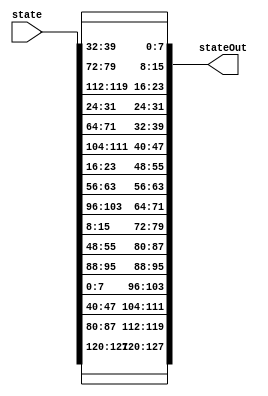
module shiftRows(	input [0:127] state,			// unsigned 16-byte message to be encrypted in shiftRows
					output [0:127] stateOut);	// unsigned 16-byte encrypted message after shiftRows
				
	assign stateOut[0:7] = state[0:7];
	assign stateOut[8:15] = state[40:47];
	assign stateOut[16:23] = state[80:87];
	assign stateOut[24:31] = state[120:127];
	assign stateOut[32:39] = state[32:39];
	assign stateOut[40:47] = state[72:79];
	assign stateOut[48:55] = state[112:119];
	assign stateOut[56:63] = state[24:31];
	assign stateOut[64:71] = state[64:71];
	assign stateOut[72:79] = state[104:111];
	assign stateOut[80:87] = state[16:23];				
	assign stateOut[88:95] = state[56:63];				
	assign stateOut[96:103] = state[96:103];
	assign stateOut[104:111] = state[8:15];
	assign stateOut[112:119] = state[48:55];
	assign stateOut[120:127] = state[88:95];		
					
endmodule